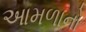
આમળાનો